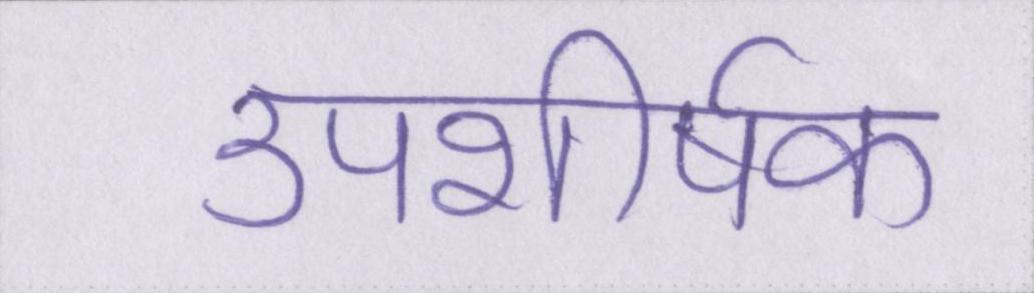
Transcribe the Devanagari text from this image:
उपशीर्षक